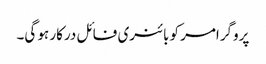
پروگرامر کو بائنری فائل درکار ہو گی۔